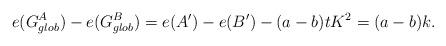
LaTeX: \begin{align*}e(G_{glob}^A) -e(G_{glob}^B) =e(A')-e(B') -(a-b)tK^2= (a-b)k.\end{align*}